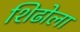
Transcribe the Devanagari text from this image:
शिढोला